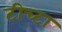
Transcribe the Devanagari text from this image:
टीच्टा